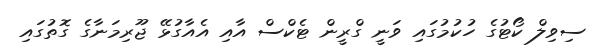
ސިވިލް ކޯޓުގެ ހުކުމުގައި ވަނީ ގްރީން ޓެކްސް އާއި އެއާގުޅޭ ޖޫރިމަނާގެ ގޮތުގައި